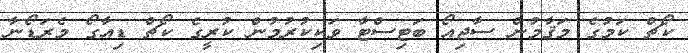
ކޯޗް ކަމުގެ މަޤާމުން ސާޖިއޯ ބަޓިސްޓާ ވަކިކުރުމުން ކުރީގެ ކޯޗް ޑިއާގޯ މެރަޑޯނާ